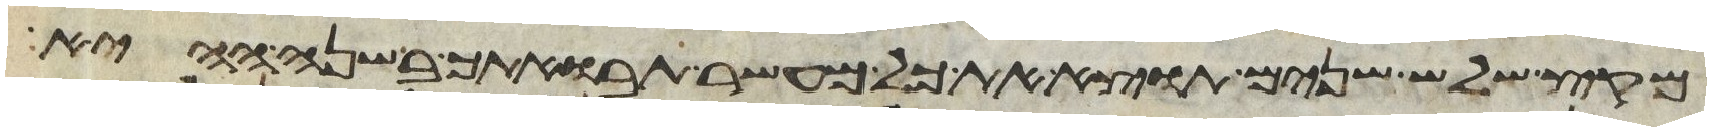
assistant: מקץ שלש שנים תוצא את כל מעשר תבואתך בשנה ההיא